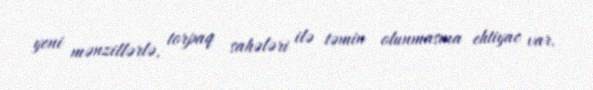
yeni mənzillərlə, torpaq sahələri ilə təmin olunmasına ehtiyac var.